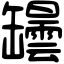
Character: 罎